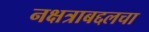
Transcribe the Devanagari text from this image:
नक्षत्राबद्दलचा